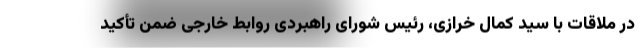
در ملاقات با سید کمال خرازی، رئیس شورای راهبردی روابط خارجی ضمن تأکید